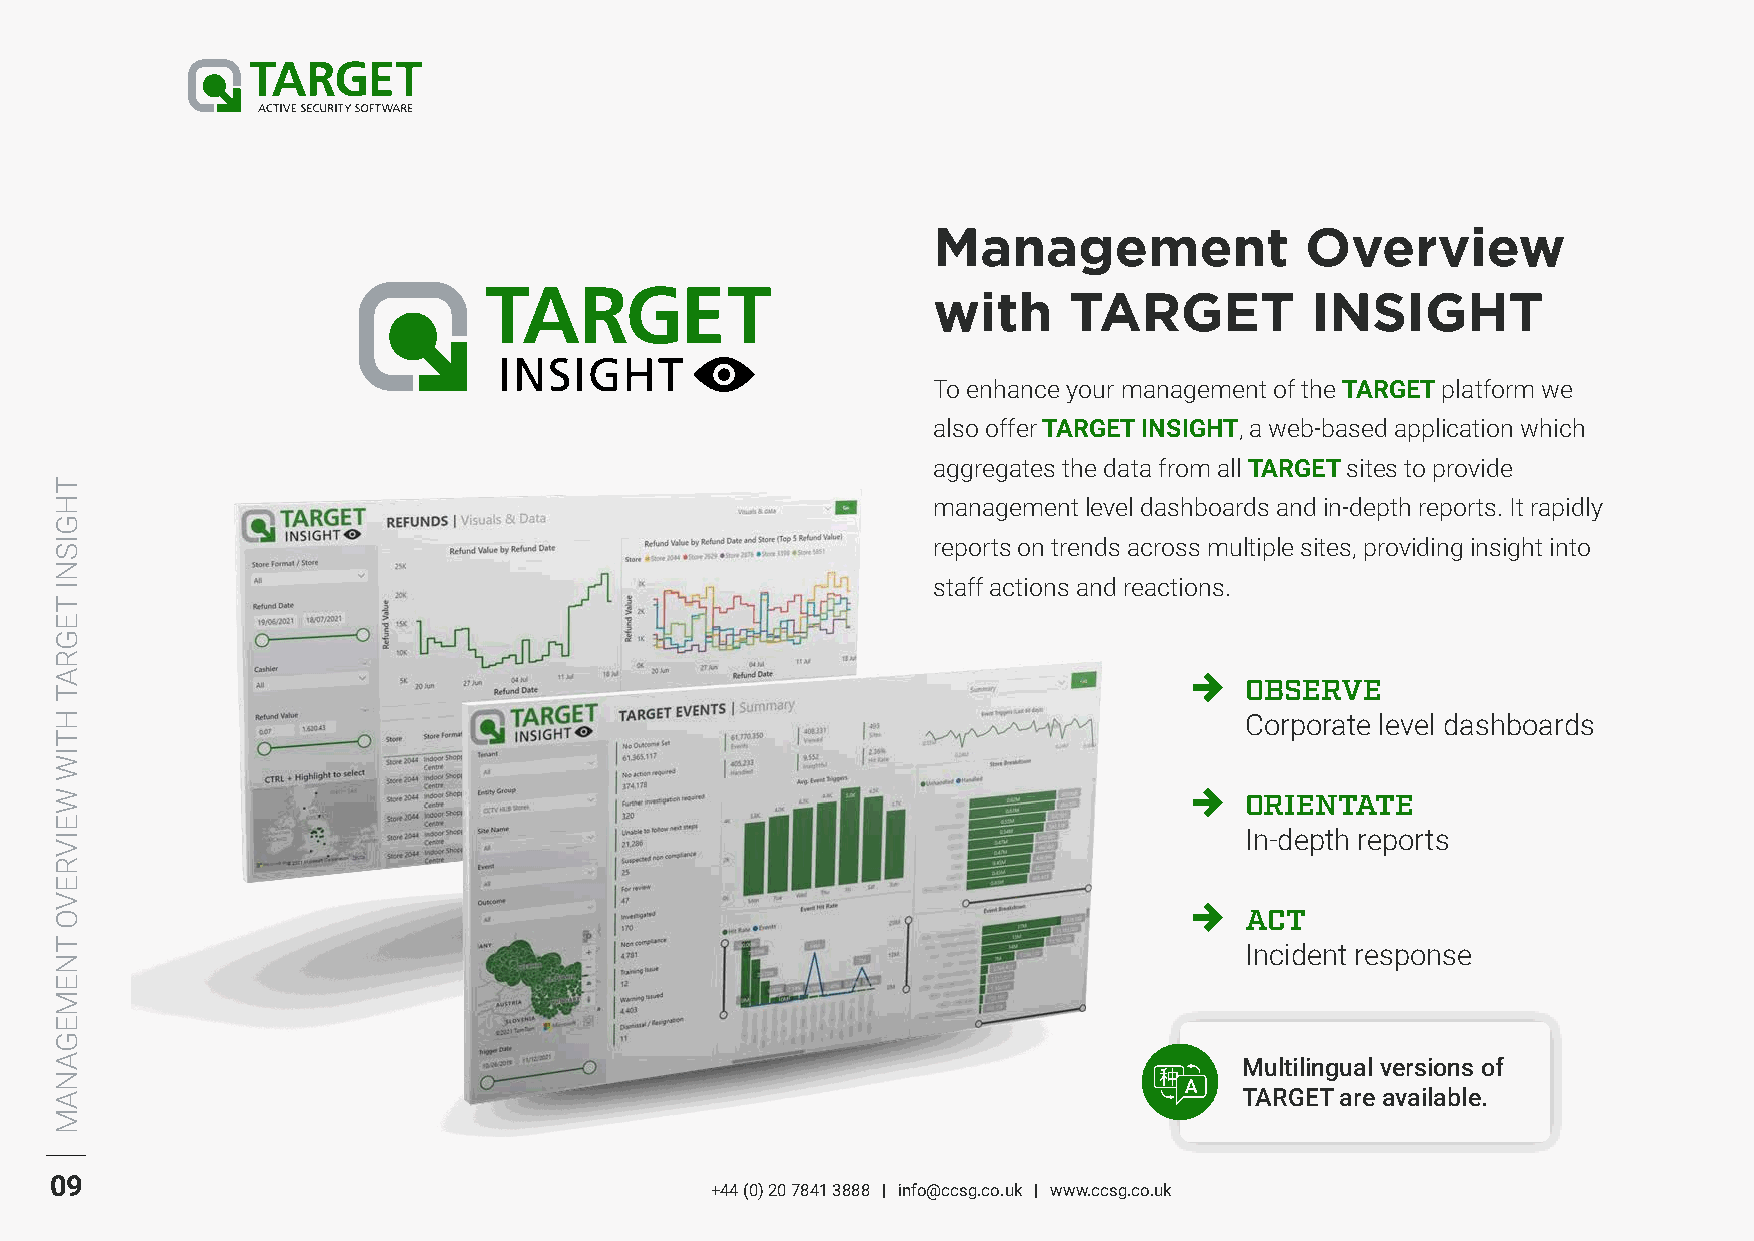
Management              Overview
 with     TARGET          INSIGHT
 To enhance your management of the TARGET platform we
 also offer TARGET INSIGHT, a web-based application which
 aggregates the data from all TARGET sites to provide
 management level dashboards and in-depth reports. It rapidly
 reports on trends across multiple sites, providing insight into
 staff actions and reactions.
 OBSERVE
 Corporate level dashboards
 ORIENTATE
 In-depth reports
 ACT
 Incident response
 Multilingual versions of
 TARGET are available.
 09
 +44 (0) 20 7841 3888 | info@ccsg.co.uk | www.ccsg.co.uk
 THGISNI
 TEGRAT
 HTIW
 WEIVREVO
 TNEMEGANAM